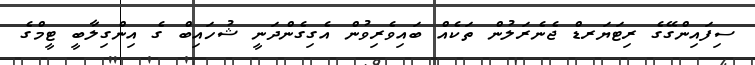
ސިފައިންގޭގެ ރިޓަޔަރޑް ޖެނެރަލުން ތަކެއް ބައިވެރިވުން އެގިގެންދަނީ ޝުހައިބް ގެ އިންގިލާބީ ޓީމްގެ